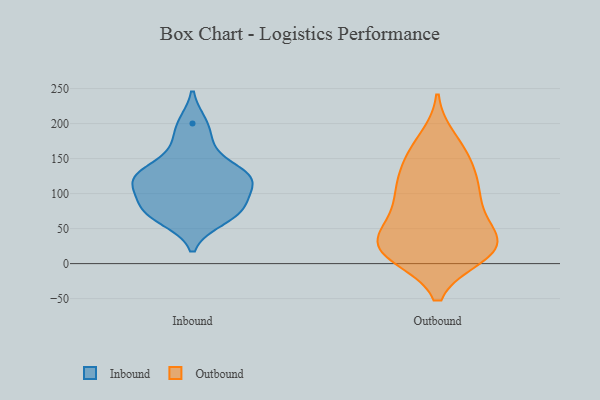
{"axis": {"x": "Budget (USD K)", "y": "Value"}, "legend": ["Inbound", "Outbound"], "data": [{"x": "", "y": 125, "type": "Inbound"}, {"x": "", "y": 128, "type": "Inbound"}, {"x": "", "y": 200, "type": "Inbound"}, {"x": "", "y": 127, "type": "Inbound"}, {"x": "", "y": 80, "type": "Inbound"}, {"x": "", "y": 108, "type": "Inbound"}, {"x": "", "y": 73, "type": "Inbound"}, {"x": "", "y": 120, "type": "Inbound"}, {"x": "", "y": 169, "type": "Inbound"}, {"x": "", "y": 63, "type": "Inbound"}, {"x": "", "y": 83, "type": "Inbound"}, {"x": "", "y": 103, "type": "Outbound"}, {"x": "", "y": 31, "type": "Outbound"}, {"x": "", "y": 122, "type": "Outbound"}, {"x": "", "y": 32, "type": "Outbound"}, {"x": "", "y": 20, "type": "Outbound"}, {"x": "", "y": 157, "type": "Outbound"}, {"x": "", "y": 98, "type": "Outbound"}, {"x": "", "y": 13, "type": "Outbound"}, {"x": "", "y": 177, "type": "Outbound"}, {"x": "", "y": 161, "type": "Outbound"}, {"x": "", "y": 83, "type": "Outbound"}, {"x": "", "y": 136, "type": "Outbound"}, {"x": "", "y": 112, "type": "Outbound"}, {"x": "", "y": 32, "type": "Outbound"}, {"x": "", "y": 13, "type": "Outbound"}, {"x": "", "y": 62, "type": "Outbound"}, {"x": "", "y": 66, "type": "Outbound"}, {"x": "", "y": 24, "type": "Outbound"}, {"x": "", "y": 12, "type": "Outbound"}, {"x": "", "y": 29, "type": "Outbound"}]}